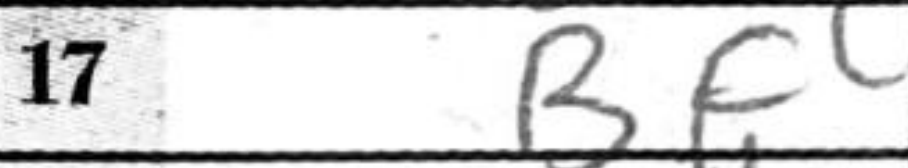
Transcription: Bf4